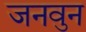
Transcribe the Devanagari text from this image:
जनवुन